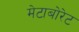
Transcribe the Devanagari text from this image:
मेटाबोरेट